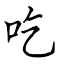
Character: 吃